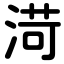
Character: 渮